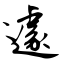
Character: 遽